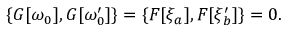
\{ G [ \omega _ { 0 } ] , G [ \omega _ { 0 } ^ { \prime } ] \} = \{ { \cal F } [ \xi _ { a } ] , { \cal F } [ \xi _ { b } ^ { \prime } ] \} = 0 .